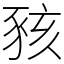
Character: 豥